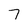
Character: 7